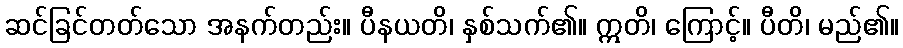
ဆင်ခြင်တတ်သော အနက်တည်း။ ပီနယတိ၊ နှစ်သက်၏။ ဣတိ၊ ကြောင့်။ ပီတိ၊ မည်၏။